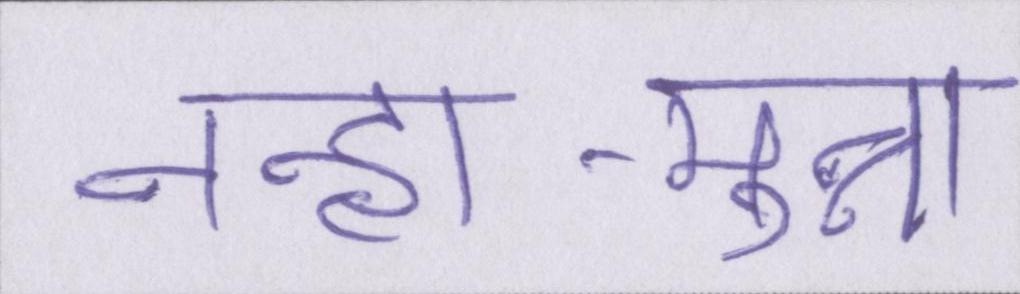
नन्हा-मुन्ना